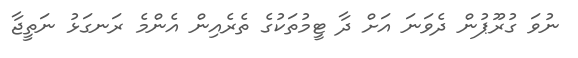
ނުވަ ގުރޫޕުން ދެވަނަ އަށް ދާ ޓީމުތަކުގެ ތެރެއިން އެންމެ ރަނގަޅު ނަތީޖާ